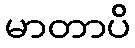
မာတာပိ